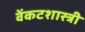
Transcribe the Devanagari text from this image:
वेंकटशास्त्री